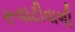
રૂવાટીવાળી